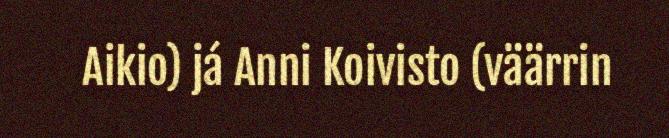
Aikio) já Anni Koivisto (väärrin